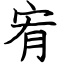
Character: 宥